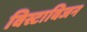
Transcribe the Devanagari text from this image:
विस्टाविजन